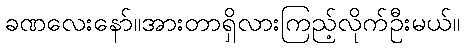
ခဏလေးနော်။အားတာရှိလားကြည့်လိုက်ဦးမယ်။